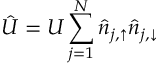
\hat { U } = U \sum _ { j = 1 } ^ { N } \hat { n } _ { j , \uparrow } \hat { n } _ { j , \downarrow }